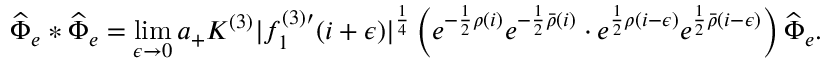
\widehat { \Phi } _ { e } * \widehat { \Phi } _ { e } = \operatorname * { l i m } _ { \epsilon \to 0 } a _ { + } K ^ { ( 3 ) } | f _ { 1 } ^ { ( 3 ) \prime } ( i + \epsilon ) | ^ { \frac { 1 } { 4 } } \left( e ^ { - \frac { 1 } { 2 } \rho ( i ) } e ^ { - \frac { 1 } { 2 } \bar { \rho } ( i ) } \cdot e ^ { \frac { 1 } { 2 } \rho ( i - \epsilon ) } e ^ { \frac { 1 } { 2 } \bar { \rho } ( i - \epsilon ) } \right) \widehat { \Phi } _ { e } .